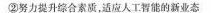
②努力提升综合素质，适应人工智能的新业态